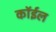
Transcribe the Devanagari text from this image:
कॉईल